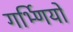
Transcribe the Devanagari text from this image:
गर्भ्णियों